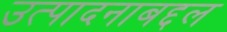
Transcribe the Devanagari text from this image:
उत्पादनाबद्दल